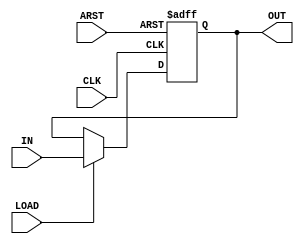
//Modulo del registro MBR
module Param_reg #(parameter D_WIDTH = 8)(CLK, ARST, LOAD, IN, OUT);
input CLK, ARST, LOAD;
input [D_WIDTH-1:0] IN;
output reg [D_WIDTH-1:0] OUT;

always @(posedge CLK or posedge ARST)
begin
	if (ARST==1) OUT <= 0;
	else if (LOAD == 1) OUT <= IN;
end

endmodule